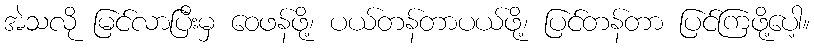
အဲသလို မြင်လာပြီးမှ ဝေဖန်ဖို့၊ ပယ်တန်တာပယ်ဖို့၊ ပြင်တန်တာ ပြင်ကြဖို့ပေါ့။